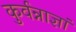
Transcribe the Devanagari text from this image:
कुर्वन्नाज्ञां